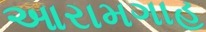
આરામગાહ